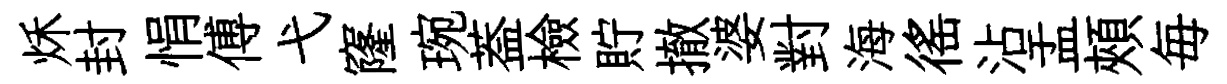
秌封悁傅弋窿琬葢檢貯撤婆對海徭沾盂頰毎